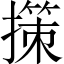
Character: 㩍